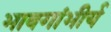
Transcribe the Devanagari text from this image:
भावगांभीर्य